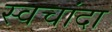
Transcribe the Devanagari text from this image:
स्वचांदा